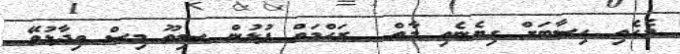
މެހެއި ހިސާބަށް ގިޔެނެއި މާތް  ރަޙްމަތް ފުޅުން ސިތޫ މިސް ވިދާޅުވޭ